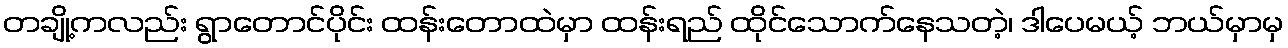
တချို့ကလည်း ရွာတောင်ပိုင်း ထန်းတောထဲမှာ ထန်းရည် ထိုင်သောက်နေသတဲ့၊ ဒါပေမယ့် ဘယ်မှာမှ